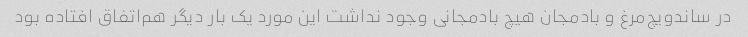
در ساندویچ‌مرغ و بادمجان هیچ بادمجانی وجود نداشت این مورد یک بار دیگر هم‌اتفاق افتاده بود